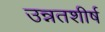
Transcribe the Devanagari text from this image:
उन्नतशीर्ष